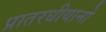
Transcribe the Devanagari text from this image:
प्रातरधीयानो